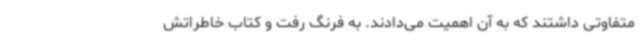
متفاوتی داشتند که به آن اهمیت می‌دادند. به فرنگ رفت و کتاب خاطراتش